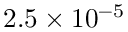
2 . 5 \times 1 0 ^ { - 5 }